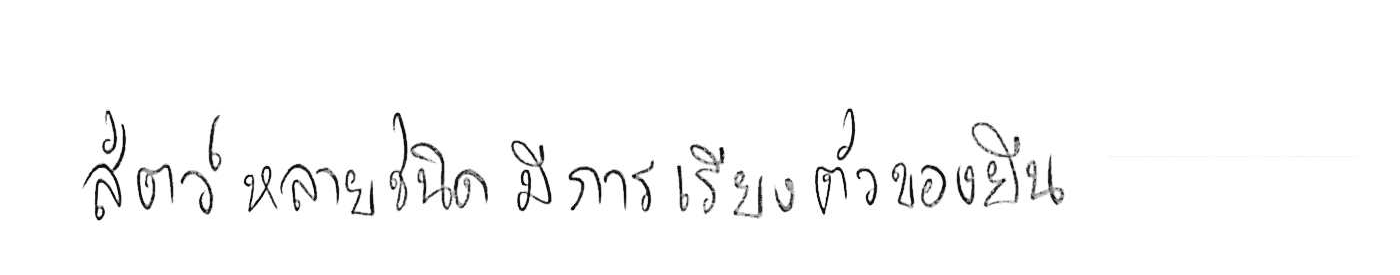
สัตว์หลายชนิดมีการเรียงตัวของยีน